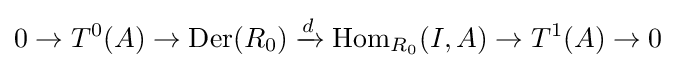
0\to T^{0}(A)\to {\text{Der}}(R_{0})\xrightarrow {d} {\text{Hom}}_{R_{0}}(I,A)\to T^{1}(A)\to 0